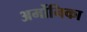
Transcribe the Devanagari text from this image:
अर्मोनिका